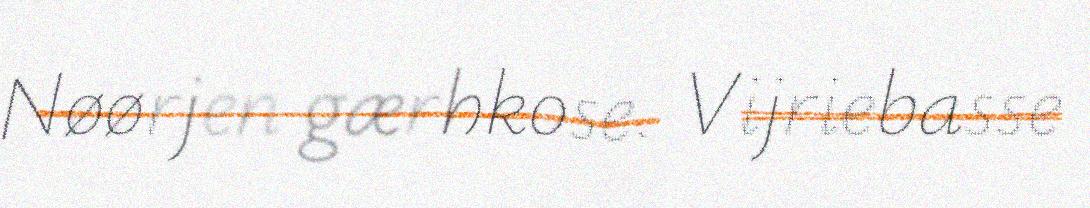
Nøørjen gærhkose. Vijriebasse